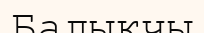
Балыкчы